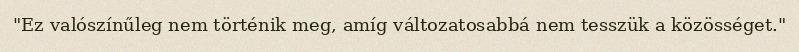
"Ez valószínűleg nem történik meg, amíg változatosabbá nem tesszük a közösséget."